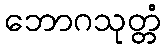
ဘောဂသုတ္တံ